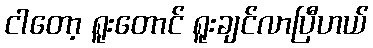
ငါတော့ ရူးတောင် ရူးချင်လာပြီဟယ်